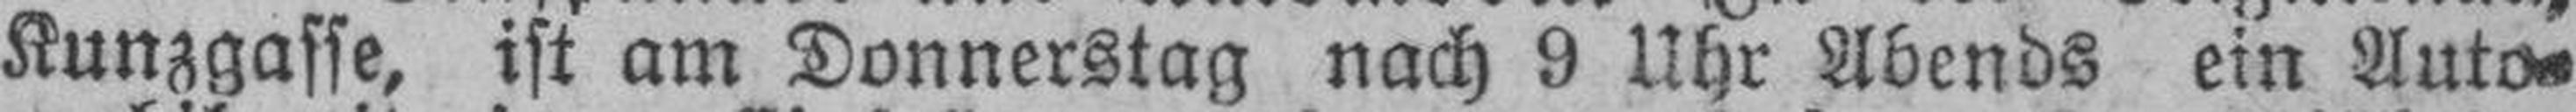
Kunzgasse, ist am Donnerstag nach 9 Uhr Abends ein Auto¬